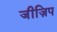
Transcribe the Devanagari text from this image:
जीज़िप